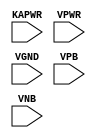
module sky130_fd_sc_lp__decapkapwr (
    KAPWR,
    VPWR ,
    VGND ,
    VPB  ,
    VNB
);

    input KAPWR;
    input VPWR ;
    input VGND ;
    input VPB  ;
    input VNB  ;
endmodule